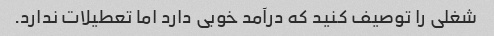
شغلی را توصیف کنید که درآمد خوبی دارد اما تعطیلات ندارد.